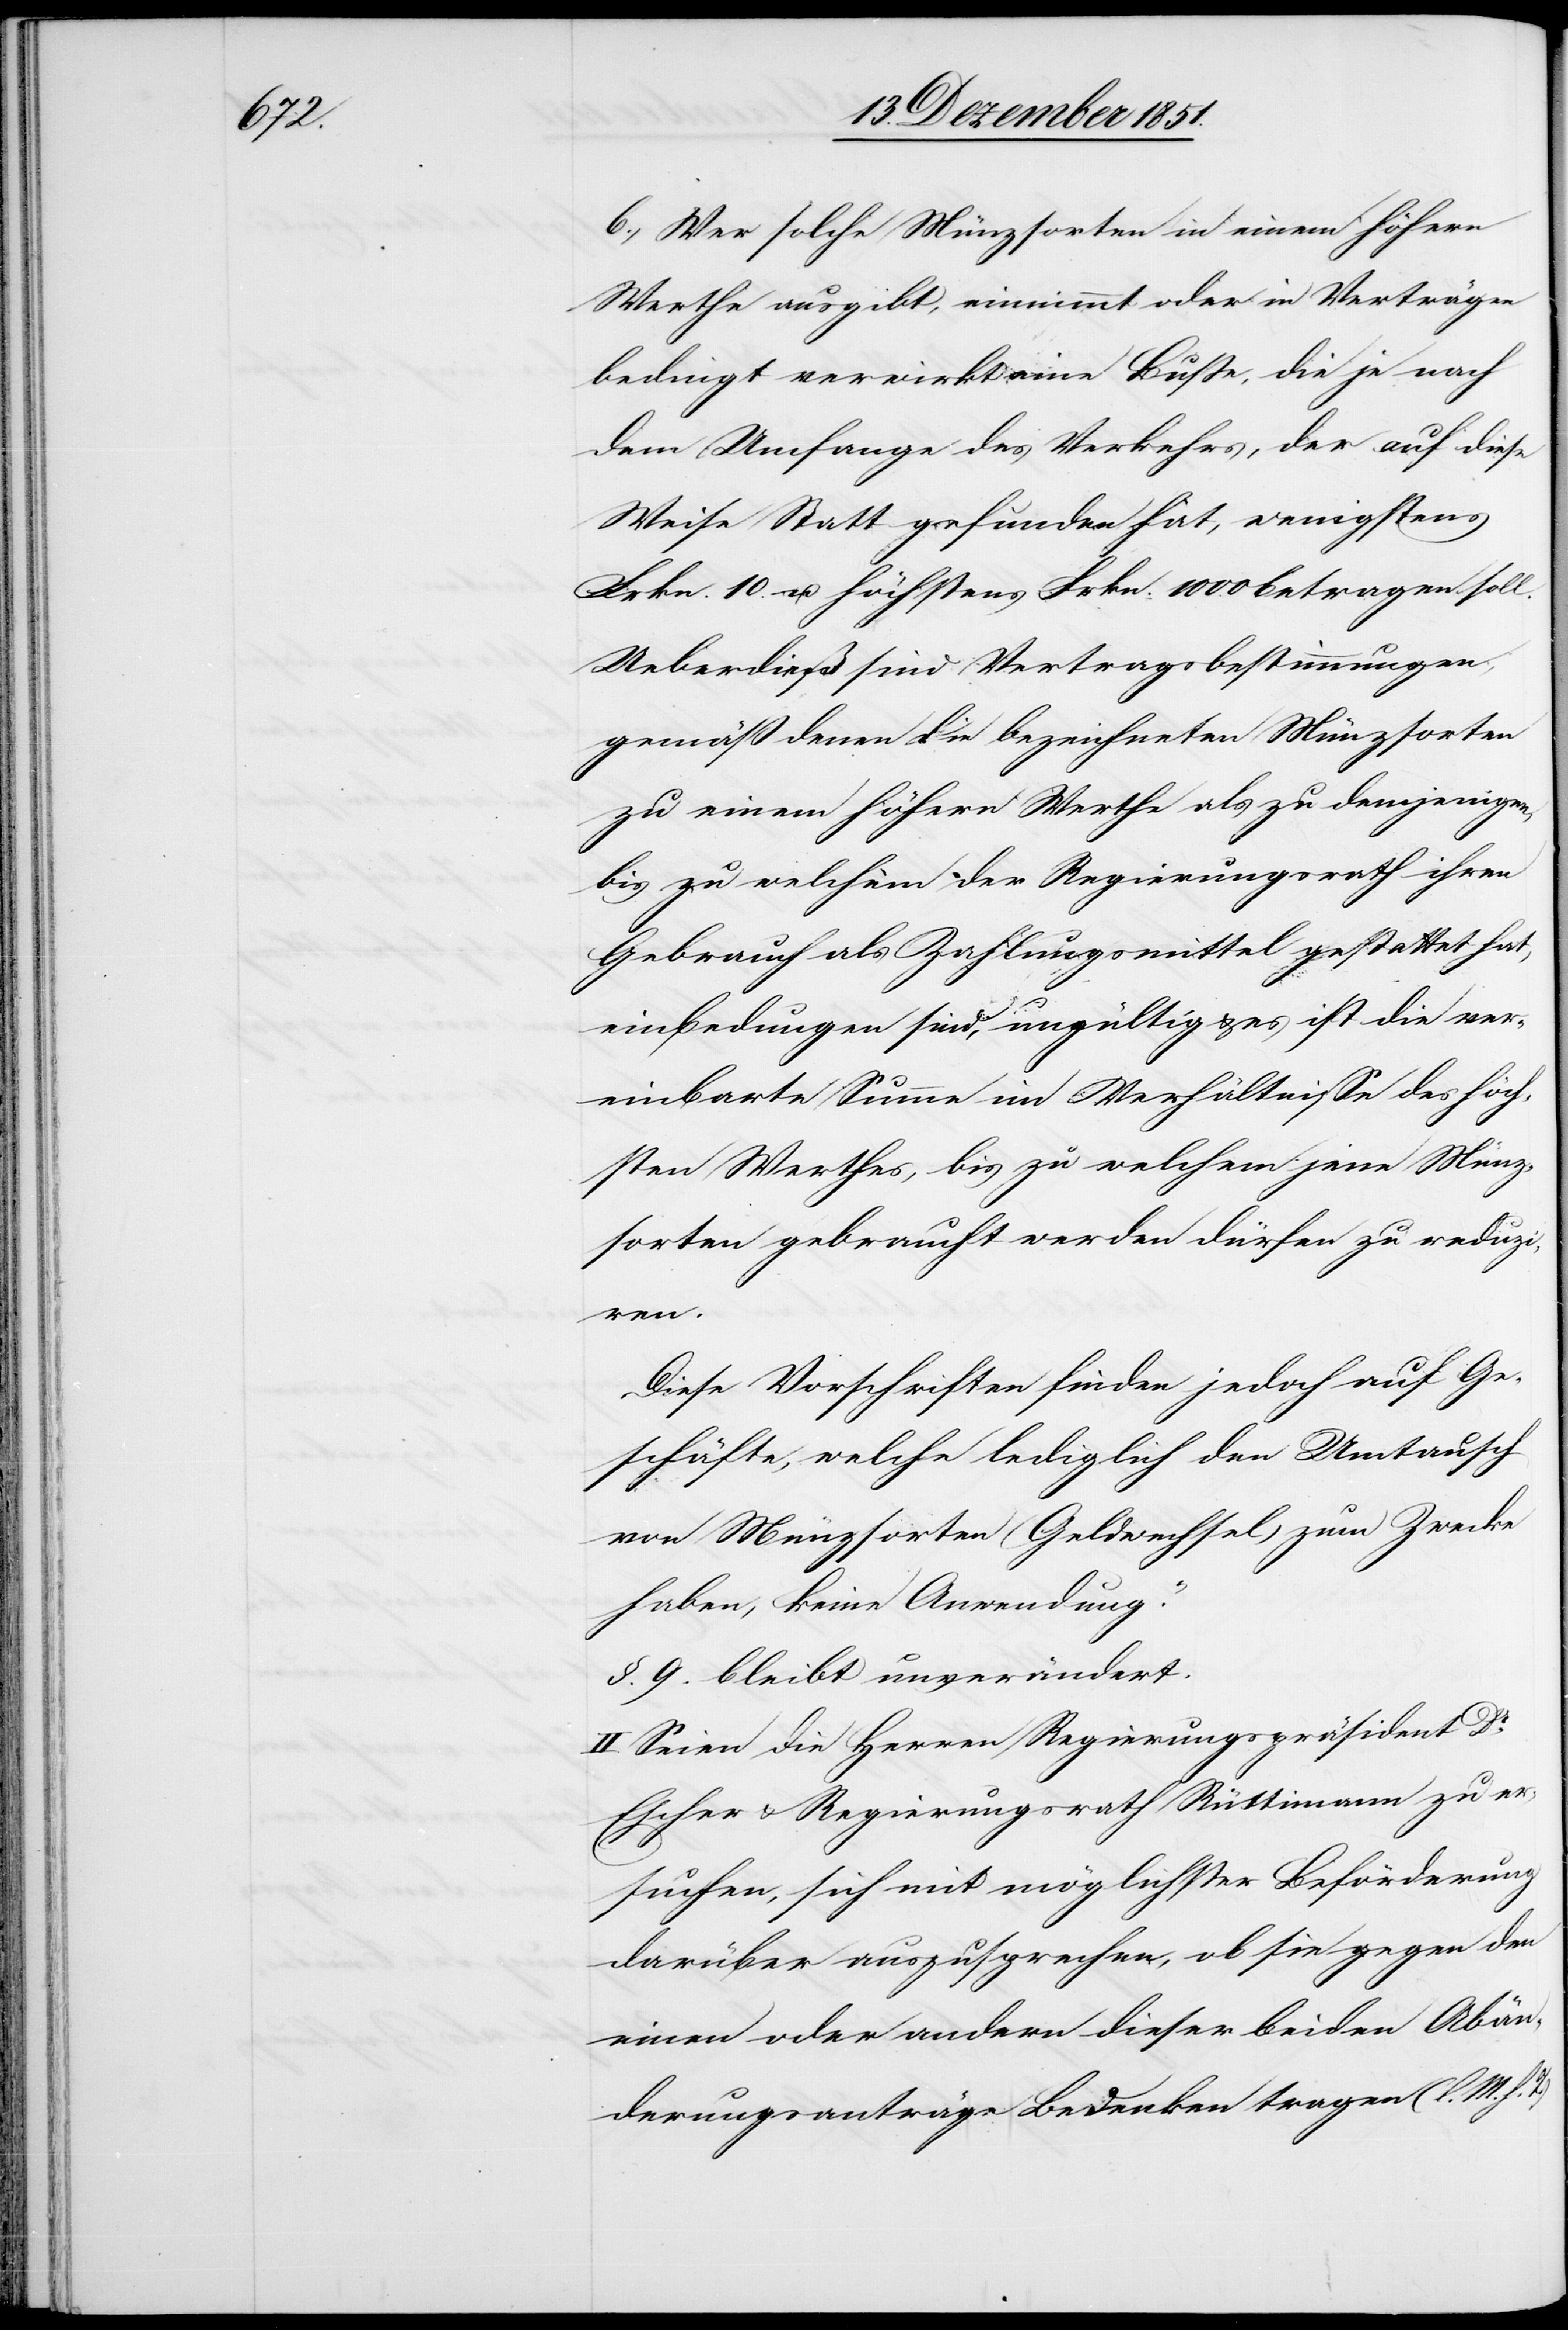
b., Wer solche Münzsorten in einem höhern
Werthe ausgibt, einnimmt oder in Verträgen
bedingt verwirkt eine Buße, die je nach
dem Umfange des Verkehrs, der auf diese
Weise Statt gefunden hat, wenigstens
Frkn. 10. u. höchstens Frkn. 1000 betragen soll.
Ueberdieß sind Vertragsbestimmungen,
gemäß denen die bezeichneten Münzsorten
zu einem höhern Werthe als zu demjenigen,
bis zu welchem der Regierungsrath ihren
Gebrauch als Zahlungsmittel gestattet hat,
einbedungen sind, ungültig & es ist die ver¬
einbarte Summe im Verhältnisse des höch¬
sten Werthes, bis zu welchem jene Münz¬
sorten gebraucht werden dürfen zu reduz¬
iren.
Diese Vorschriften finden jedoch auf Ge¬
schäfte, welche lediglich den Umtausch
von Münzsorten (Geldwechsel) zum Zwecke
haben, keine Anwendung.“
§. 9. bleibt unverändert.
II. Seien die Herren Regierungspräsident Dr.
Escher & Regierungsrath Rüttimann zu er¬
suchen, sich mit möglichster Beförderung
darüber auszusprechen, ob sie gegen den
einen oder andern dieser beiden Abän¬
derungsanträge Bedenken tragen (l. M. h.